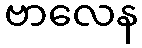
ဗာလေန